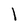
Character: l